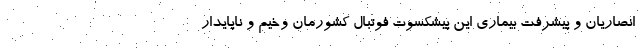
انصاریان و پیشرفت بیماری این پیشکسوت فوتبال کشورمان وخیم و ناپایدار